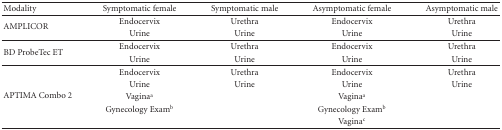
<table><thead><tr><td><b>Modality</b></td><td><b>Symptomatic female</b></td><td><b>Symptomatic male</b></td><td><b>Asymptomatic female</b></td><td><b>Asymptomatic male</b></td></tr></thead><tbody><tr><td rowspan="2">AMPLICOR</td><td>Endocervix</td><td>Urethra</td><td>Endocervix</td><td>Urethra</td></tr><tr><td>Urine</td><td>Urine</td><td>Urine</td><td>Urine </td></tr><tr><td rowspan="2">BD ProbeTec ET</td><td>Endocervix</td><td>Urethra</td><td>Endocervix</td><td>Urethra</td></tr><tr><td>Urine</td><td>Urine</td><td>Urine</td><td>Urine</td></tr><tr><td rowspan="5">APTIMA Combo 2</td><td>Endocervix</td><td>Urethra</td><td>Endocervix</td><td>Urethra</td></tr><tr><td>Urine</td><td>Urine</td><td>Urine</td><td>Urine</td></tr><tr><td>Vagina<sup>a</sup></td><td></td><td>Vagina<sup>a</sup></td><td></td></tr><tr><td>Gynecology Exam<sup>b</sup></td><td></td><td>Gynecology Exam<sup>b</sup></td><td></td></tr><tr><td></td><td></td><td>Vagina<sup>c</sup></td><td></td></tr></tbody></table>